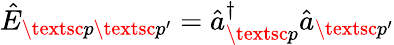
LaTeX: \hat{E}_{\textsc{p}\textsc{p}^{\prime}}=\hat{a}_{\textsc{p}}^{\dagger}\hat{a}_{\textsc{p}^{\prime}}